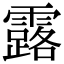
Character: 露